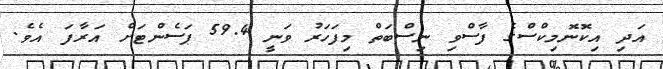
އަދި އިކޮނޮމިކްސްގެ ފާސްވި ނިސްބަތް މިފަހަރު ވަނީ 59.4 ޕަސެންޓަށް އަރާފަ އެވެ.